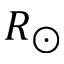
R _ { \odot }